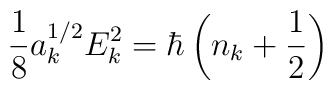
\frac{1}{8} a_{k}^{1/2} E_{k}^{2} = \hbar \left( n_{k} + \frac{1}{2}\right)